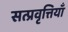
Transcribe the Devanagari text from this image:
सत्प्रवृत्तियाँ